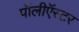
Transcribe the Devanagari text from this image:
पॉलीऍस्टर